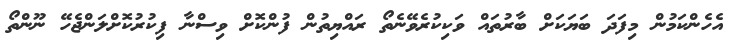
އެހެންކަމުން މިފަދަ ބަޔަކަށް ބާރުތައް ވަކިކުރެވޭނެތޯ ރައްޔިތުން ފުންކޮށް ވިސްނާ ފިކުރުކޮށްލަންޖެހޭ ނޫންތޯ